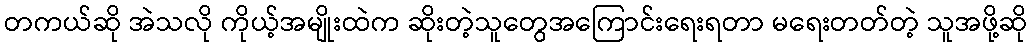
တကယ်ဆို အဲသလို ကိုယ့်အမျိုးထဲက ဆိုးတဲ့သူတွေအကြောင်းရေးရတာ မရေးတတ်တဲ့ သူအဖို့ဆို